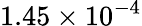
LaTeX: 1.45\times 10^{-4}